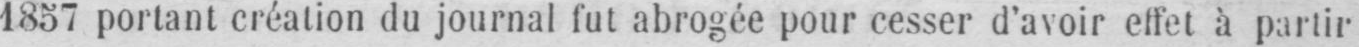
1857 portant création du journal fut abrogée pour cesser d’avoir effet à partir